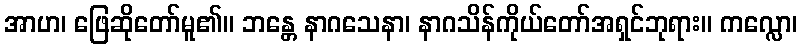
အာဟ၊ ဖြေဆိုတော်မူ၏။ ဘန္တေ နာဂသေနာ၊ နာဂသိန်ကိုယ်တော်အရှင်ဘုရား။ ကလ္လော၊